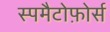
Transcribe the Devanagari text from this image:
स्पमैटोफ़ोर्स